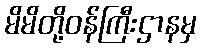
မိမိတို့ဝန်ကြီးဌာနမှ